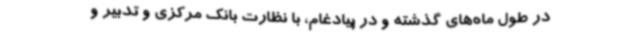
در طول ماه‌های گذشته و در پیادغام، با نظارت بانک مرکزی و تدبیر و